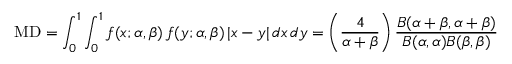
\mathrm { M D } = \int _ { 0 } ^ { 1 } \int _ { 0 } ^ { 1 } f ( x ; \alpha , \beta ) \, f ( y ; \alpha , \beta ) \, | x - y | \, d x \, d y = \left( { \frac { 4 } { \alpha + \beta } } \right) { \frac { B ( \alpha + \beta , \alpha + \beta ) } { B ( \alpha , \alpha ) B ( \beta , \beta ) } }